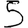
Digit: 5